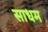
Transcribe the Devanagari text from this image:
साधम